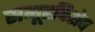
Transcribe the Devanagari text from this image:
समूहविशेष